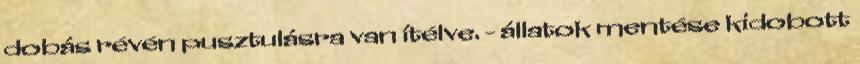
dobás révén pusztulásra van ítélve. - állatok mentése kidobott